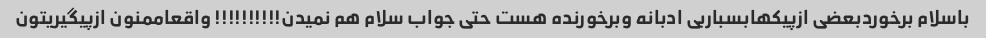
باسلام برخوردبعضی ازپیکهابسباربی ادبانه وبرخورنده هست حتی جواب سلام هم نمیدن!!!!!!!!!! واقعاممنون ازپیگیریتون